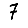
Digit: 7